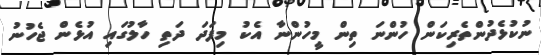
ނުކުޅެދުންތެރިކަން ހުންނަ ތިން މީހުންނާ އެކު މިފަދަ ދަތި ހާލުގައި އުޅެން ޖެހުނު